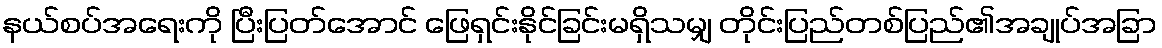
နယ်စပ်အရေးကို ပြီးပြတ်အောင် ဖြေရှင်းနိုင်ခြင်းမရှိသမျှ တိုင်းပြည်တစ်ပြည်၏အချုပ်အခြာ